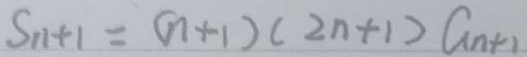
S _ { 1 1 + 1 } = ( n + 1 ) ( 2 n + 1 ) a _ { n + 1 }